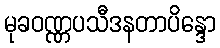
မုခဝဏ္ဏပသီဒနတာပိန္ဒော